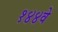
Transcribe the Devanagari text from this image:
१४४वे